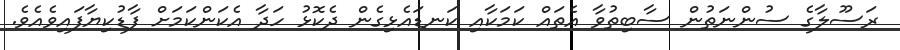
ރަސޫލާގެ ސުންނަތުން ސާބިތުވާ އެތައް ކަމަކާއި ކަނޑައެޅިގެން ދެކޮޅު ހަދާ އެކަންކަމަށް ފާޑުކިޔާފައިވެއެވެ.